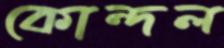
কোন্দল